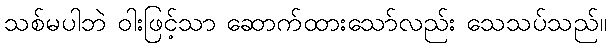
သစ်မပါဘဲ ဝါးဖြင့်သာ ဆောက်ထားသော်လည်း သေသပ်သည်။